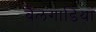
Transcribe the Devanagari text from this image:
बैलगाडियां